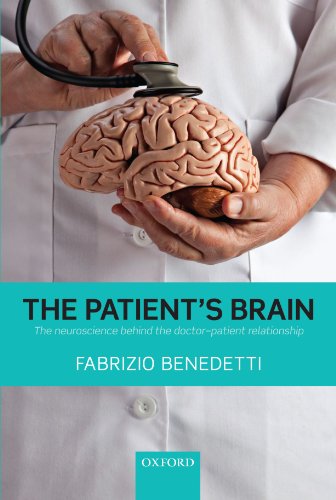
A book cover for The Patient's Brain: The neuroscience behind the doctor-patient relationship; Fabrizio Benedetti; Medical Books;